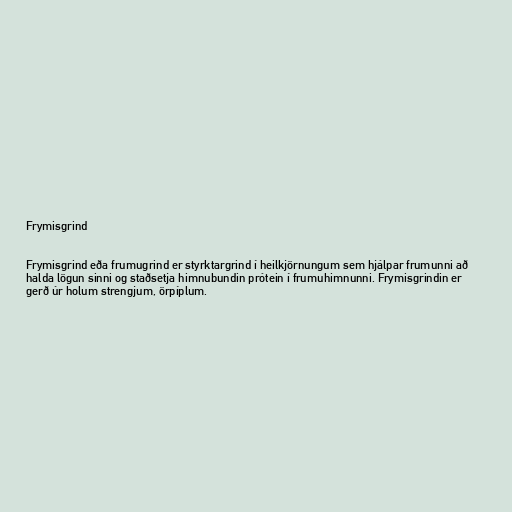
Frymisgrind

Frymisgrind eða frumugrind er styrktargrind í heilkjörnungum sem hjálpar frumunni að
halda lögun sinni og staðsetja himnubundin prótein í frumuhimnunni. Frymisgrindin er
gerð úr holum strengjum, örpíplum.